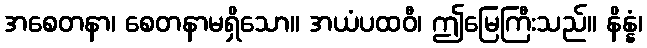
အစေတနာ၊ စေတနာမရှိသော။ အယံပထဝီ၊ ဤမြေကြီးသည်။ နိန္နံ၊